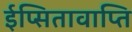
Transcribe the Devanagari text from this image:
ईप्सितावाप्ति